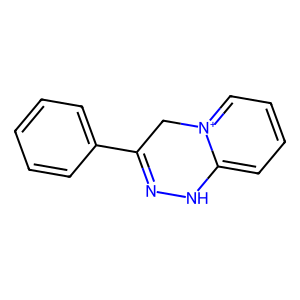
SMILES: c1ccc(C2=NNc3cccc[n+]3C2)cc1
Inhibits HIV replication: No